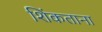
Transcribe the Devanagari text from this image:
शिंकताना